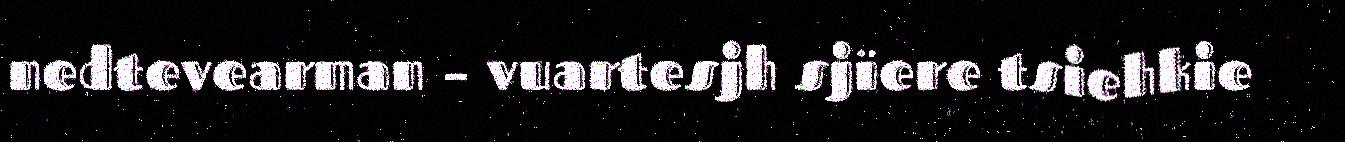
nedtevearman – vuartesjh sjïere tsiehkie